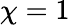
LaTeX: \chi=1